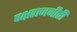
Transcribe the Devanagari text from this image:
पक्षराजनीती